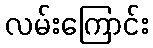
လမ်းကြောင်း